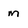
Character: m